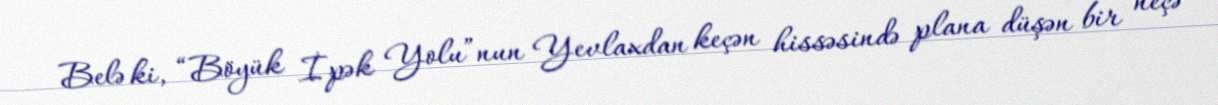
Belə ki, “Böyük İpək Yolu”nun Yevlaxdan keçən hissəsində plana düşən bir neçə